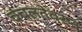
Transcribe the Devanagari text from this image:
चंचलतेवरून